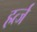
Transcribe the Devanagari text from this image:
हर्त्ज